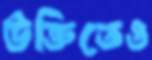
উক্তিতেও